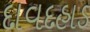
દાવદહાડ